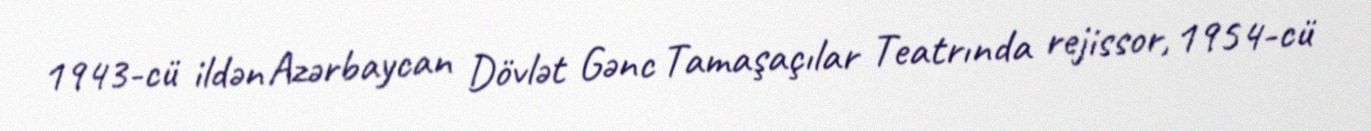
1943-cü ildən Azərbaycan Dövlət Gənc Tamaşaçılar Teatrında rejissor, 1954-cü